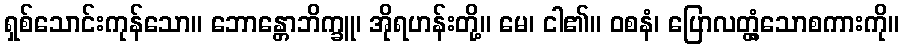
ရှစ်သောင်းကုန်သော။ ဘောန္တောဘိက္ခူ၊ အိုရဟန်းတို့။ မေ၊ ငါ၏။ ဝစနံ၊ ပြောလတ္တံ့သောစကားကို။